Leprosy in India: report of the Leprosy Commission in India, 1890-91
Year: 1890
Disease focus: Leprosy
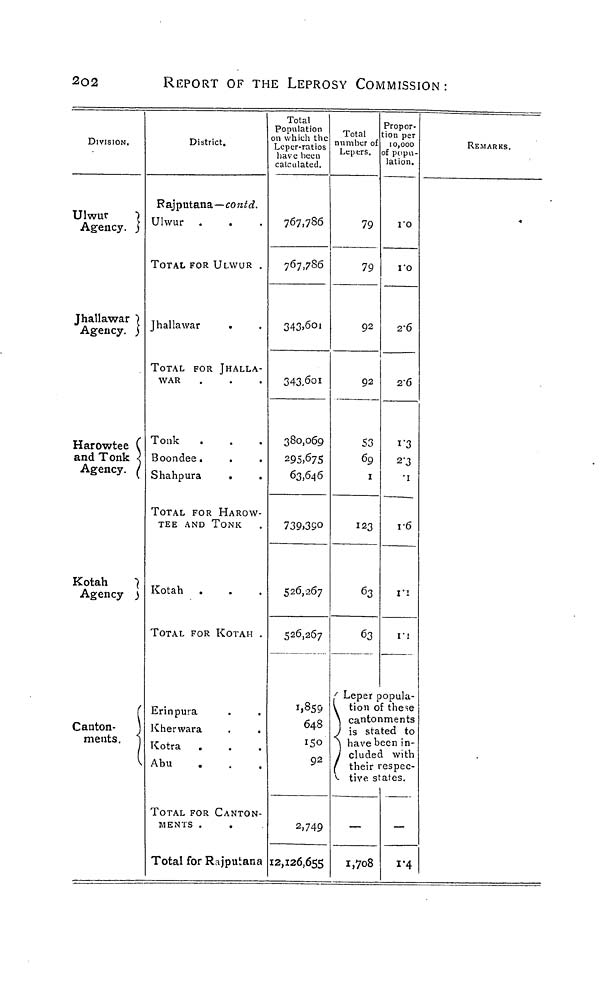
2o2
REPORT OF THE LEPROSY COMMISSION :
DIVISION.
Ulwur
")
Agency, j
Jhallawar )
Agency. )
Harowtee C
and Tonk <
Agency. /
Kotah
}
Agency J
(
Canton-
ments. " *
District.
Rajputana—contd.
Ulwur .
.
TOTAL FOR ULWUR .
Jhallawar
.
TOTAL FOR JHALLA-
WAR
Tonk
Boondee.
Shahpura
.
TOTAL FOR HAROW-
TEE AND TONK
Kotah .
TOTAL FOR KOTAH .
Erin pura
Kherwara
.
.
Kotra
Abu
TOTAL FOR CANTON-
MENTS .
Total for Rajputana
Total
Population
on which the
Leper-ratios
have been
calculated.
767,786
767,786
343>6°i
343.6°I
380,069
295.675
63,646
739.39°5
26,267
526,267
1.859
150
92
2,749
12,126,655
Total
number of
Lepers.
79
79
92
92
53
6 9
1
123
3
63
' Leper
Propor-
lon per
10,000
f pop il-
lation.
ro
I'O
2-6
2-6
1 "3
2 - 3
'i
1-6
I'Ï
ri
oopula-
y tion of these
\ cantonments
J is stated to
"S have been in-
J eluded with
( their respec-
v. tive states.
—
1,708
—
1'4
REMARKS.